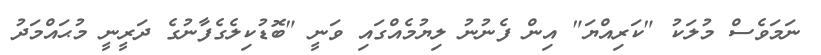
ނަމަވެސް މުލަކު "ކަރިއްޔަ" އިން ފެނުނު ލިޔުމެއްގައި ވަނީ "ބޮޑުކިލެގެފާނުގެ ދަރީނީ މުޙައްމަދު